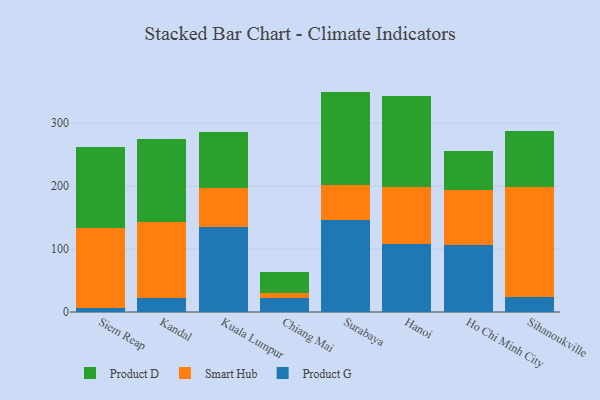
{"axis": {"x": "City", "y": "Humidity (%)"}, "legend": ["Product D", "Product G", "Smart Hub"], "data": [{"x": "Siem Reap", "y": 5.8, "type": "Product G"}, {"x": "Siem Reap", "y": 127.2, "type": "Smart Hub"}, {"x": "Siem Reap", "y": 129.0, "type": "Product D"}, {"x": "Kandal", "y": 22.2, "type": "Product G"}, {"x": "Kandal", "y": 121.0, "type": "Smart Hub"}, {"x": "Kandal", "y": 131.9, "type": "Product D"}, {"x": "Kuala Lumpur", "y": 135.5, "type": "Product G"}, {"x": "Kuala Lumpur", "y": 61.7, "type": "Smart Hub"}, {"x": "Kuala Lumpur", "y": 88.8, "type": "Product D"}, {"x": "Chiang Mai", "y": 23.0, "type": "Product G"}, {"x": "Chiang Mai", "y": 7.7, "type": "Smart Hub"}, {"x": "Chiang Mai", "y": 32.1, "type": "Product D"}, {"x": "Surabaya", "y": 146.5, "type": "Product G"}, {"x": "Surabaya", "y": 55.2, "type": "Smart Hub"}, {"x": "Surabaya", "y": 148.6, "type": "Product D"}, {"x": "Hanoi", "y": 107.5, "type": "Product G"}, {"x": "Hanoi", "y": 91.9, "type": "Smart Hub"}, {"x": "Hanoi", "y": 144.1, "type": "Product D"}, {"x": "Ho Chi Minh City", "y": 106.1, "type": "Product G"}, {"x": "Ho Chi Minh City", "y": 87.7, "type": "Smart Hub"}, {"x": "Ho Chi Minh City", "y": 61.5, "type": "Product D"}, {"x": "Sihanoukville", "y": 24.4, "type": "Product G"}, {"x": "Sihanoukville", "y": 173.6, "type": "Smart Hub"}, {"x": "Sihanoukville", "y": 90.4, "type": "Product D"}]}